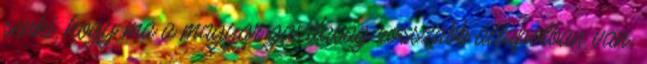
senki, hogy ma a magyar gazdaság rosszabb állapotban van,